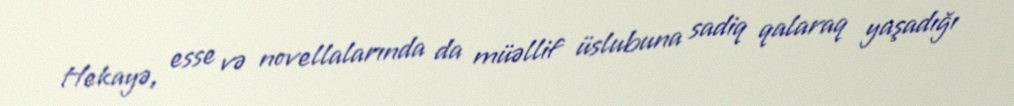
Hekayə, esse və novellalarında da müəllif üslubuna sadiq qalaraq yaşadığı